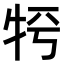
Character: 𤙀